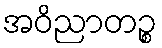
အဝိညာတဉ္စ